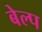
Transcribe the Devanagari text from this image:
बेल्प